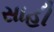
સાહી